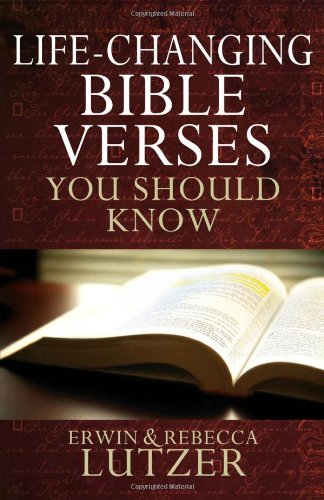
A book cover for Life-Changing Bible Verses You Should Know; Erwin W. Lutzer; Christian Books & Bibles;